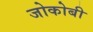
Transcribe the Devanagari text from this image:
जोकोबी